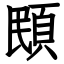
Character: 䪸